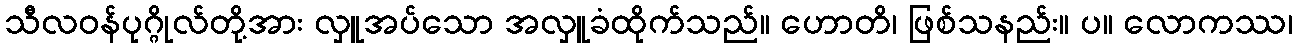
သီလဝန်ပုဂ္ဂိုလ်တို့အား လှူအပ်သော အလှူခံထိုက်သည်။ ဟောတိ၊ ဖြစ်သနည်း။ ပ။ လောကဿ၊